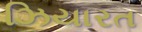
ઝિયારત